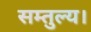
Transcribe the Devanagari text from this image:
सम्तुल्य।